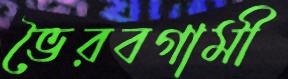
ভৈরবগামী